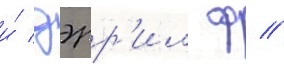
и́ дэрр'ил ф //